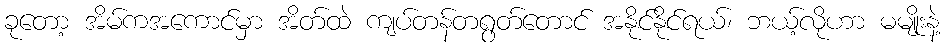
ခုတော့ အိမ်ကအကောင်မှာ အိတ်ထဲ ကျပ်တန်တရွတ်တောင် အနိုင်နိုင်ရယ်၊ ဘယ့်လိုဟာ မမျိုးနဲ့